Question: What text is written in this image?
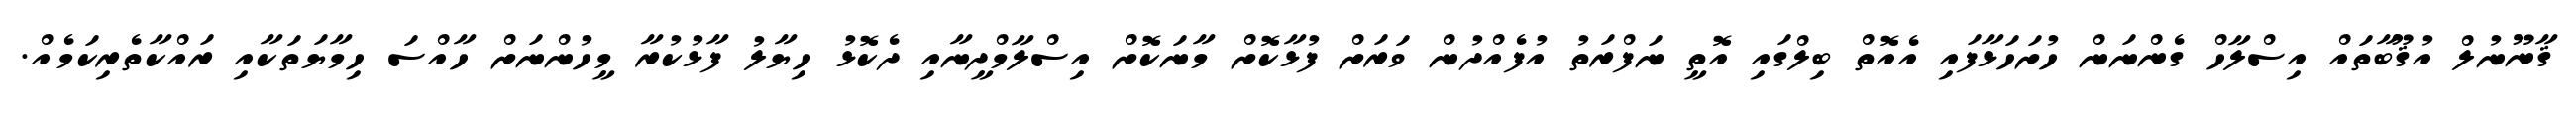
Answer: ޤާނޫނުލް އުޤޫބާތައް އިސްލާހް ގެންނަން ހުށަހަޅާފައި އެއޮތް ބިލްގައި އޮތީ ނަފްރަތު އުފެއްދުން ވަރަށް ފުޅާކޮށް މާނަކޮށް އިސްލާމްދީނާއި ދެކޮޅު ހިޔާލު ފާޅުކުރާ މީހުންނަށް ހާއްސަ ހިމާޔަތަކާއި ރައްކާތެރިކަމެއް.